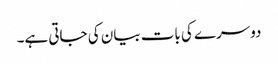
دوسرے کی بات بیان کی جاتی ہے۔